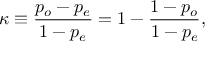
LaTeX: \kappa \equiv { \frac { p _ { o } - p _ { e } } { 1 - p _ { e } } } = 1 - { \frac { 1 - p _ { o } } { 1 - p _ { e } } } ,